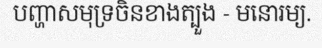
បញ្ហាសមុទ្រចិនខាងត្បួង - មនោរម្យ.